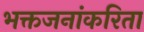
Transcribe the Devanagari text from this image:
भक्तजनांकरिता